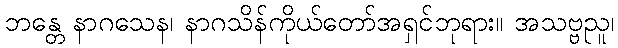
ဘန္တေ နာဂသေန၊ နာဂသိန်ကိုယ်တော်အရှင်ဘုရား။ အသဗ္ဗညူ၊